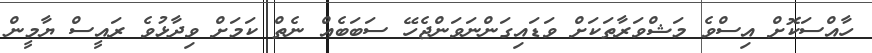
ހާއްސަކޮށް އިސްވެ މަޝްވަރާތަކަށް ވަޑައިގަންނަވަންޖެހޭ ސަބަބެއް ނެތް ކަމަށް ވިދާޅުވެ ރައީސް ޔާމީން